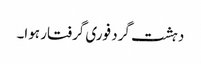
دہشت گرد فوری گرفتار ہوا۔